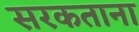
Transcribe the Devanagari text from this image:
सरकताना